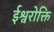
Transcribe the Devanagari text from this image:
ईश्वरोक्ति